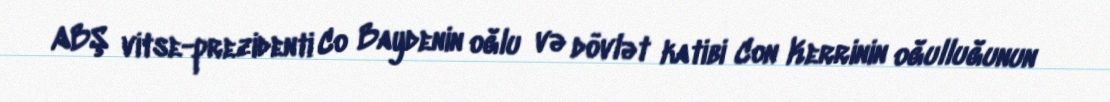
ABŞ vitse-prezidenti Co Baydenin oğlu və dövlət katibi Con Kerrinin oğulluğunun